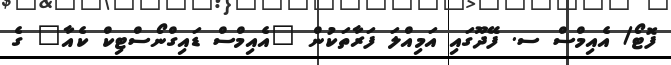
ފޮޓޯ/ އެއިމްސް ސ. ފޭދޫގައި އަމިއްލަ ފަރާތަކުން "އެއިމްސް ޑައިގްނޯސްޓިކް ކެއާ" ގެ